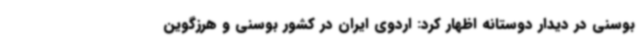
بوسنی در دیدار دوستانه اظهار کرد: اردوی ایران در کشور بوسنی و هرزگوین